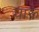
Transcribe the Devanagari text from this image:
घारू